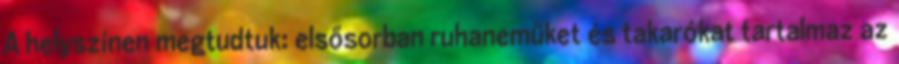
A helyszínen megtudtuk: elsősorban ruhaneműket és takarókat tartalmaz az